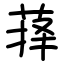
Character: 萚